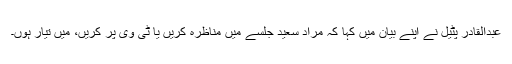
عبدالقادر پٹیل نے اپنے بیان میں کہا کہ مراد سعید جلسے میں مناظرہ کریں یا ٹی وی پر کریں، میں تیار ہوں۔